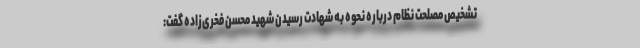
تشخیص مصلحت نظام درباره نحوه به شهادت رسیدن شهید محسن فخری‌زاده گفت: